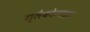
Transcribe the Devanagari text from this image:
ग्लैकोनाइट